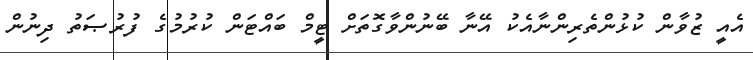
އެއީ ޒުވާން ކުޅުންތެރިންނާއެކު އޭނާ ބޭނުންވާގޮތަށް ޓީމް ބައްޓަން ކުރުމުގެ ފުރުޞަތު ދިނުން